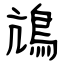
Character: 䲳